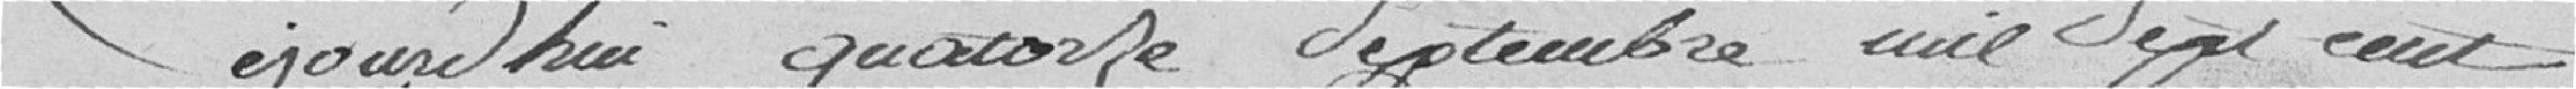
Aujourd'hui quatorze septembre mille sept cent